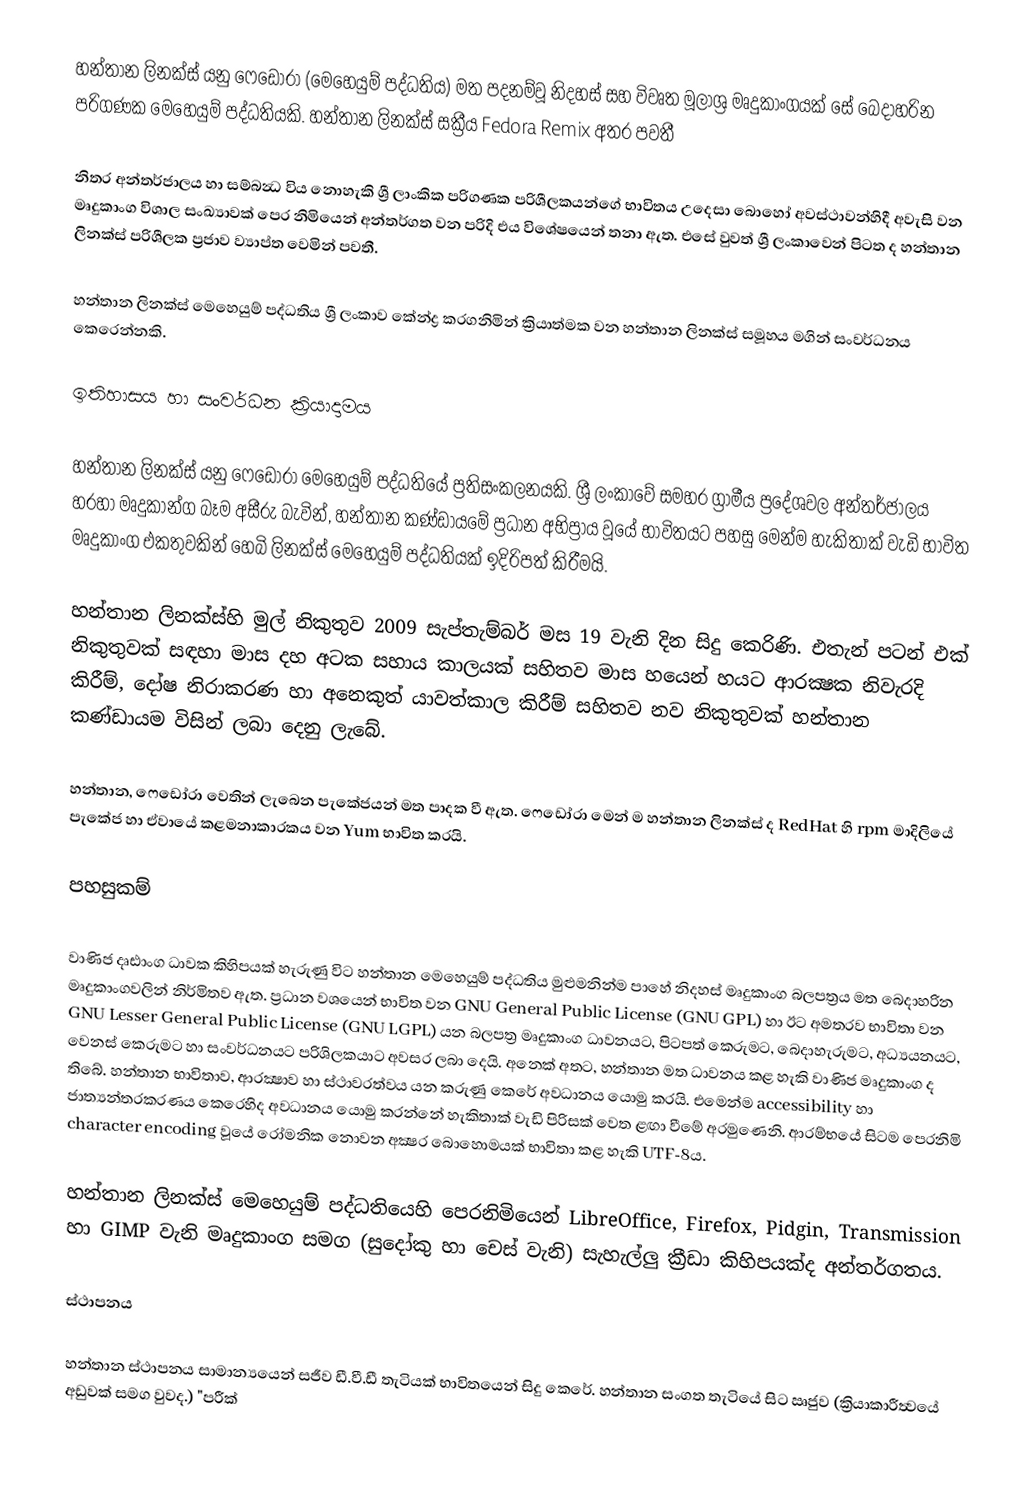
හන්තාන ලිනක්ස් යනු ෆෙඩෝරා (මෙහෙයුම් පද්ධතිය) මත පදනම්වූ නිදහස් සහ විවෘත මූලාශ්‍ර මෘදුකාංගයක් සේ බෙදාහරින පරිගණක මෙහෙයුම් පද්ධතියකි.  හන්තාන ලිනක්ස් සක්‍රීය Fedora Remix අතර පවතී

නිතර අන්තර්ජාලය හා සම්බන්‍ධ විය නොහැකි ශ්‍රී ලාංකික පරිගණක පරිශීලකයන්ගේ භාවිතය උදෙසා බොහෝ අවස්ථාවන්හිදී අවැසි වන මෘදුකාංග විශාල සංඛ්‍යාවක් පෙර නිමියෙන් අන්තර්ගත වන පරිදි එය විශේෂයෙන් තනා ඇත. එසේ වුවත් ශ්‍රී ලංකාවෙන් පිටත ද හන්තාන ලිනක්ස් පරිශීලක ප්‍රජාව ව්‍යාප්ත වෙමින් පවතී.

හන්‍තාන ලිනක්ස් මෙහෙයුම් පද්ධතිය ශ්‍රී ලංකාව කේන්ද්‍ර කරගනිමින් ක්‍රියාත්මක වන හන්‍තාන ලිනක්ස් සමූහය මගින් සංවර්ධනය කෙරෙන්නකි.

ඉතිහාසය හා සංවර්ධන ක්‍රියාදාමය

හන්තාන ලිනක්ස් යනු ෆෙඩෝරා මෙහෙයුම් පද්ධතියේ ප්‍රතිසංකලනයකි. ශ්‍රී ලංකාවේ සමහර ග්‍රාමීය ප්‍රදේශවල අන්‍තර්ජාලය හරහා මෘදුකාන්ග බෑම අසීරු බැවින්, හන්‍තාන කණ්ඩායමේ ප්‍රධාන අභිප්‍රාය වූයේ භාවිතයට පහසු මෙන්ම හැකිතාක් වැඩි භාවිත මෘදුකාංග එකතුවකින් හෙබි ලිනක්ස් මෙහෙයුම් පද්ධතියක් ඉදිරිපත් කිරීමයි.

හන්තාන ලිනක්ස්හි මුල් නිකුතුව 2009 සැප්තැම්බර් මස 19 වැනි දින සිදු කෙරිණි. එතැන් පටන් එක් නිකුතුවක් සඳහා මාස දහ අටක සහාය කාලයක් සහිතව මාස හයෙන් හයට ආරක්‍ෂක නිවැරදි කිරීම්, දෝෂ නිරාකරණ හා අනෙකුත් යාවත්කාල කිරීම් සහිතව නව නිකුතුවක් හන්‍තාන කණ්ඩායම විසින් ලබා දෙනු ලැබේ.

හන්‍තාන, ෆෙඩෝරා වෙතින් ලැබෙන පැකේජයන් මත පාදක වී ඇත. ෆෙඩෝරා මෙන් ම හන්තාන ලිනක්ස් ද RedHat හි rpm මාදිලියේ පැකේජ හා ඒවායේ කළමනාකාරකය වන Yum භාවිත කරයි.

පහසුකම්

වාණිජ දෘඪාංග ධාවක කිහිපයක් හැරුණු විට හන්‍තාන මෙහෙයුම් පද්ධතිය මුළුමනින්ම පාහේ නිදහස් මෘදුකාංග බලපත්‍රය මත බෙදාහරින මෘදුකාංගවලින් නිර්මිතව ඇත. ප්‍රධාන වශයෙන් භාවිත වන GNU General Public License (GNU GPL) හා ඊට අමතරව භාවිතා වන  GNU Lesser General Public License (GNU LGPL) යන බලපත්‍ර මෘදුකාංග ධාවනයට, පිටපත් කෙරුමට, බෙදාහැරුමට, අධ්‍යයනයට, වෙනස් කෙරුමට හා සංවර්ධනයට පරිශිලකයාට අවසර ලබා දෙයි. අනෙක් අතට, හන්‍තාන මත ධාවනය කළ හැකි වාණිජ මෘදුකාංග ද තිබේ. හන්‍තාන භාවිතාව, ආරක්‍ෂාව හා ස්ථාවරත්වය යන කරුණු කෙරේ අවධානය යොමු කරයි. එමෙන්ම accessibility හා ජාත්‍යන්‍තරකරණය කෙරෙහිද අවධානය යොමු කරන්නේ හැකිතාක් වැඩි පිරිසක් වෙත ළඟා වීමේ අරමුණෙනි. ආරම්භයේ සිටම පෙරනිමි character encoding වූයේ රෝමනික නොවන අක්‍ෂර බොහොමයක් භාවිතා කළ හැකි UTF-8ය.

හන්‍තාන ලිනක්ස් මෙහෙයුම් පද්ධතියෙහි පෙරනිමියෙන් LibreOffice, Firefox, Pidgin, Transmission හා GIMP වැනි මෘදුකාංග සමග (සුදෝකු හා චෙස් වැනි) සැහැල්ලු ක්‍රීඩා කිහිපයක්ද අන්‍තර්ගතය.

ස්ථාපනය

හන්තාන ස්ථාපනය සාමාන්‍යයෙන් සජීව ඩී.වී.ඩී තැටියක් භාවිතයෙන් සිදු කෙරේ. හන්‍තාන සංගත තැටියේ සිට ඍජුව (ක්‍රියාකාරීත්‍වයේ අඩුවක් සමග වුවද.) "පරීක්